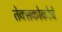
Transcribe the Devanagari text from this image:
तेक्सकोकोचे